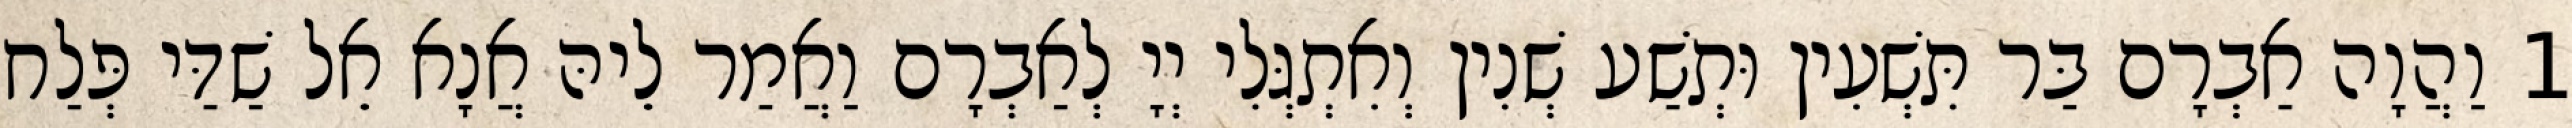
1 וַהֲוָה אַבְרָם בַּר תִּשְׁעִין וּתְשַׁע שְׁנִין וְאִתְגְּלִי יְיָ לְאַבְרָם וַאֲמַר לֵיהּ אֲנָא אֵל שַׁדַּי פְּלַח